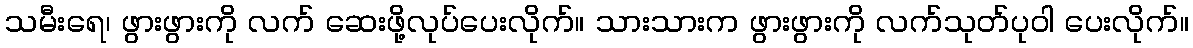
သမီးရေ၊ ဖွားဖွားကို လက် ဆေးဖို့လုပ်ပေးလိုက်။ သားသားက ဖွားဖွားကို လက်သုတ်ပုဝါ ပေးလိုက်။